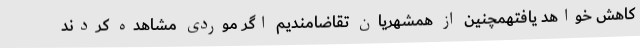
کاهش خواهد یافتهمچنین از همشهریان تقاضامندیم اگر موردی مشاهده کردند